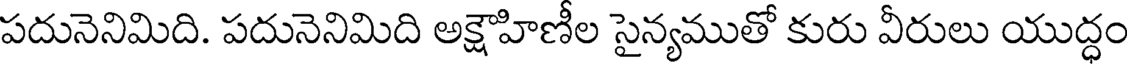
పదునెనిమిది. పదునెనిమిది అక్షౌహిణీల సైన్యముతో కురు వీరులు యుద్ధం